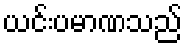
ယင်းပမာဏသည်